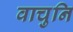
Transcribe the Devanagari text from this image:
वाचुनि